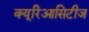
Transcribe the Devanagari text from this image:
क्यूरिआसिटीज